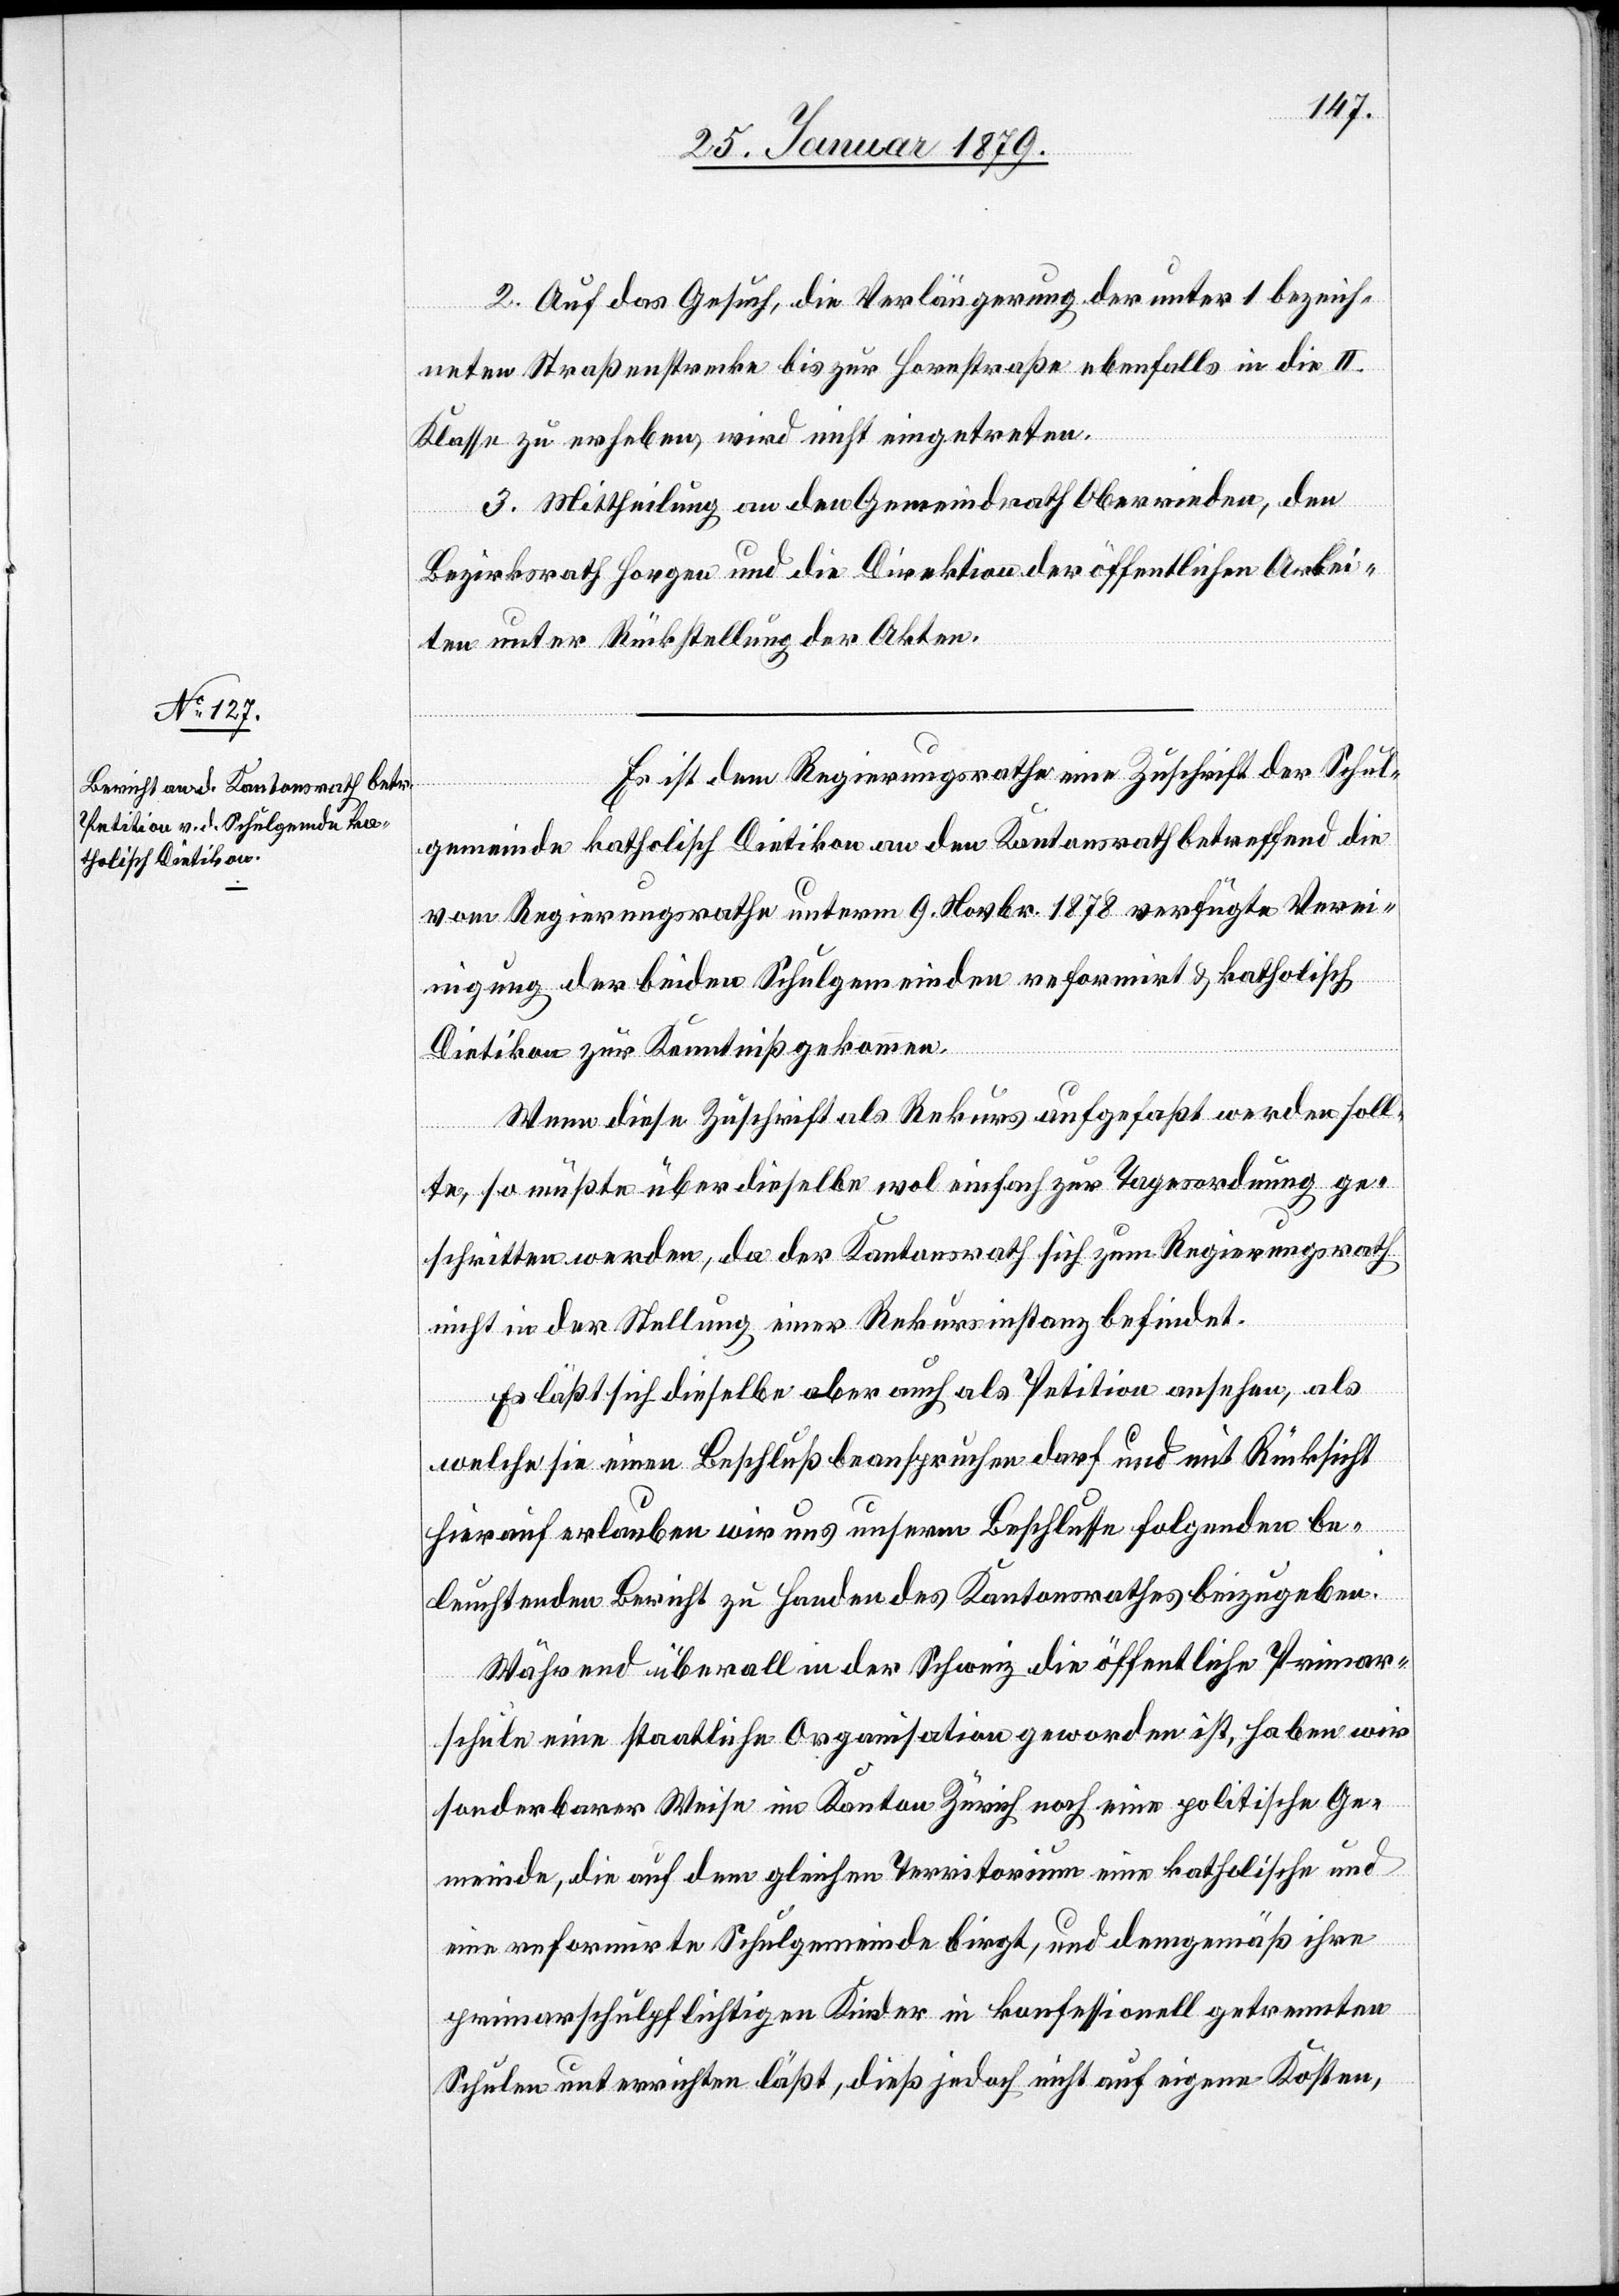
2. Auf das Gesuch, die Verlängerung der unter 1 bezeich¬
neten Straßenstrecke bis zur Hornstraße [sic!] ebenfalls in die II.
Klasse zu erheben, wird nicht eingetreten.
3. Mittheilung an den Gemeindrath Oberrieden, den
Bezirksrath Horgen und die Direktion der öffentlichen Arbei¬
ten unter Rückstellung der Akten.
Es ist dem Regierungsrathe eine Zuschrift der Schul¬
gemeinde katholisch Dietikon an den Kantonsrath betreffend die
vom Regierungsrathe unterm 9. Novbr. 1878 verfügte Verei¬
nigung der beiden Schulgemeinden reformirt & katholisch
Dietikon zur Kenntniß gekommen.
Wenn diese Zuschrift als Rekurs aufgefaßt werden soll¬
n,
te, so müßte über dieselbe wol zur Tagesordnung geschritten werde¬
nicht in der Stellung einer Rekursinstanz befindet.
Es läßt sich dieselbe aber auch als Petition ansehen, als
welche sie einen Beschluß beanspruchen darf und mit Rücksicht
hierauf erlauben wir uns unserm Beschlusse folgenden be¬
leuchtenden Bericht zu Handen des Kantonsrathes beizugeben.
Während überall in der Schweiz die öffentliche Primar¬
schule eine staatliche Organisation geworden ist, haben wir
sonderbarer Weise im Kanton Zürich noch eine politische Ge¬
meinde, die auf dem gleichen Territorium eine katholische und
eine reformirte Schulgemeinde birgt, und demgemäß ihre
primarschulpflichtigen Kinder in konfessionell getrennten
Schulen unterrichten läßt, dieß jedoch nicht auf eigene Kosten,